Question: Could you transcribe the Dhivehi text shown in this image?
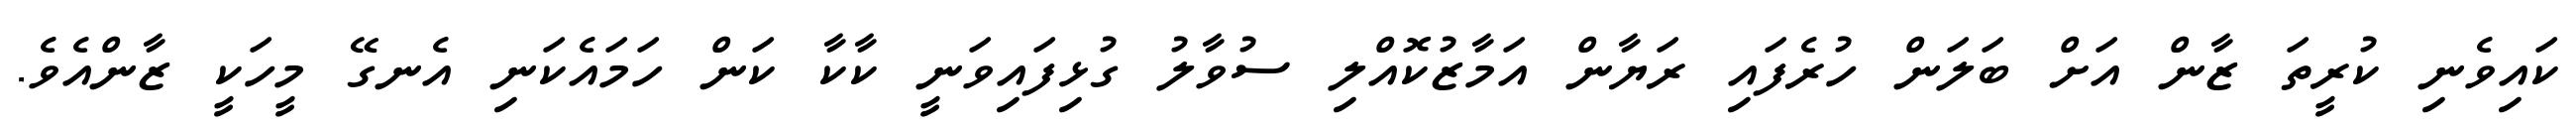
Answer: ކައިވެނި ކުރީތަ ޒާން އަށް ބަލަން ހުރެފައި ރަޔާން އަމާޒުކޮއްލި ސުވާލު ގުޅިފައިވަނީ ކާކާ ކަން ހަމައެކަނި އެނގޭ މީހަކީ ޒާންއެވެ.